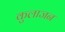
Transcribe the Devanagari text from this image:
कुलाजन